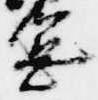
憲